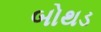
બોથડ